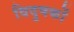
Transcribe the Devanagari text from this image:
विदुषकों